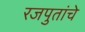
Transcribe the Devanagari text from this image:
रजपुतांचे